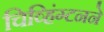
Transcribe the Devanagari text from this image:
चिव्हिंग्टनने